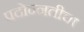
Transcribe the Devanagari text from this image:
पदोन्नतीचा